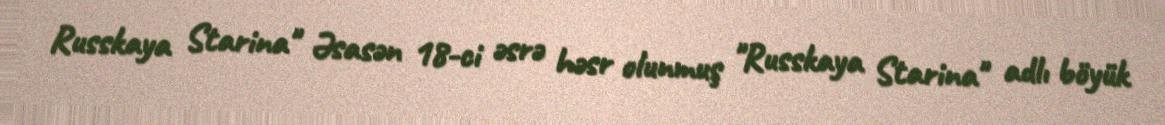
Russkaya Starina" Əsasən 18-ci əsrə həsr olunmuş "Russkaya Starina" adlı böyük